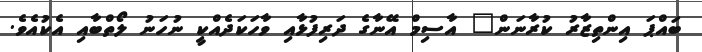
ބައްޕަ އިންތިޒާރު ކުރާނަން" އާސިމް އޭނާގެ ދަރިފުޅާއި ވާހަކަދެއްކީ ނުހަނު ލޯތްބާއި އެކުއެވެ.